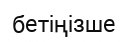
бетіңізше